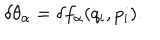
LaTeX: \delta \theta _ { \alpha } = \delta f _ { \alpha } ( q _ { i } , p _ { i } ) .